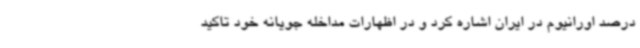
درصد اورانیوم در ایران اشاره کرد و در اظهارات مداخله جویانه خود تاکید